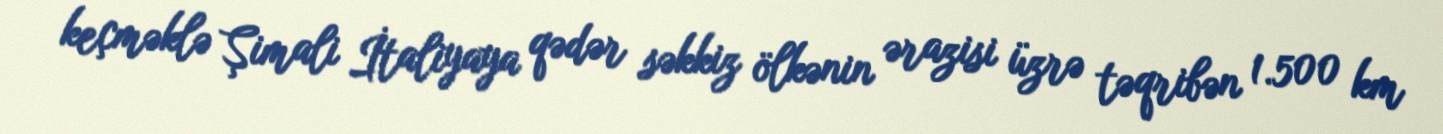
keçməklə Şimali İtaliyaya qədər səkkiz ölkənin ərazisi üzrə təqribən 1.500 km